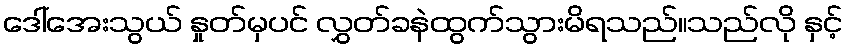
ဒေါ်အေးသွယ် နှုတ်မှပင် လွှတ်ခနဲထွက်သွားမိရသည်။သည်လို နှင့်